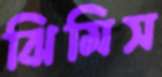
ঝিমিস